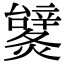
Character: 𨐹